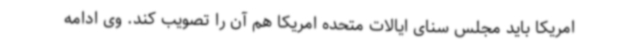
امریکا باید مجلس سنای ایالات متحده امریکا هم آن را تصویب کند. وی ادامه